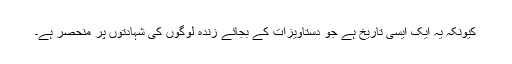
کیونکہ یہ ایک ایسی تاریخ ہے جو دستاویزات کے بجائے زندہ لوگوں کی شہادتوں پر منحصر ہے۔